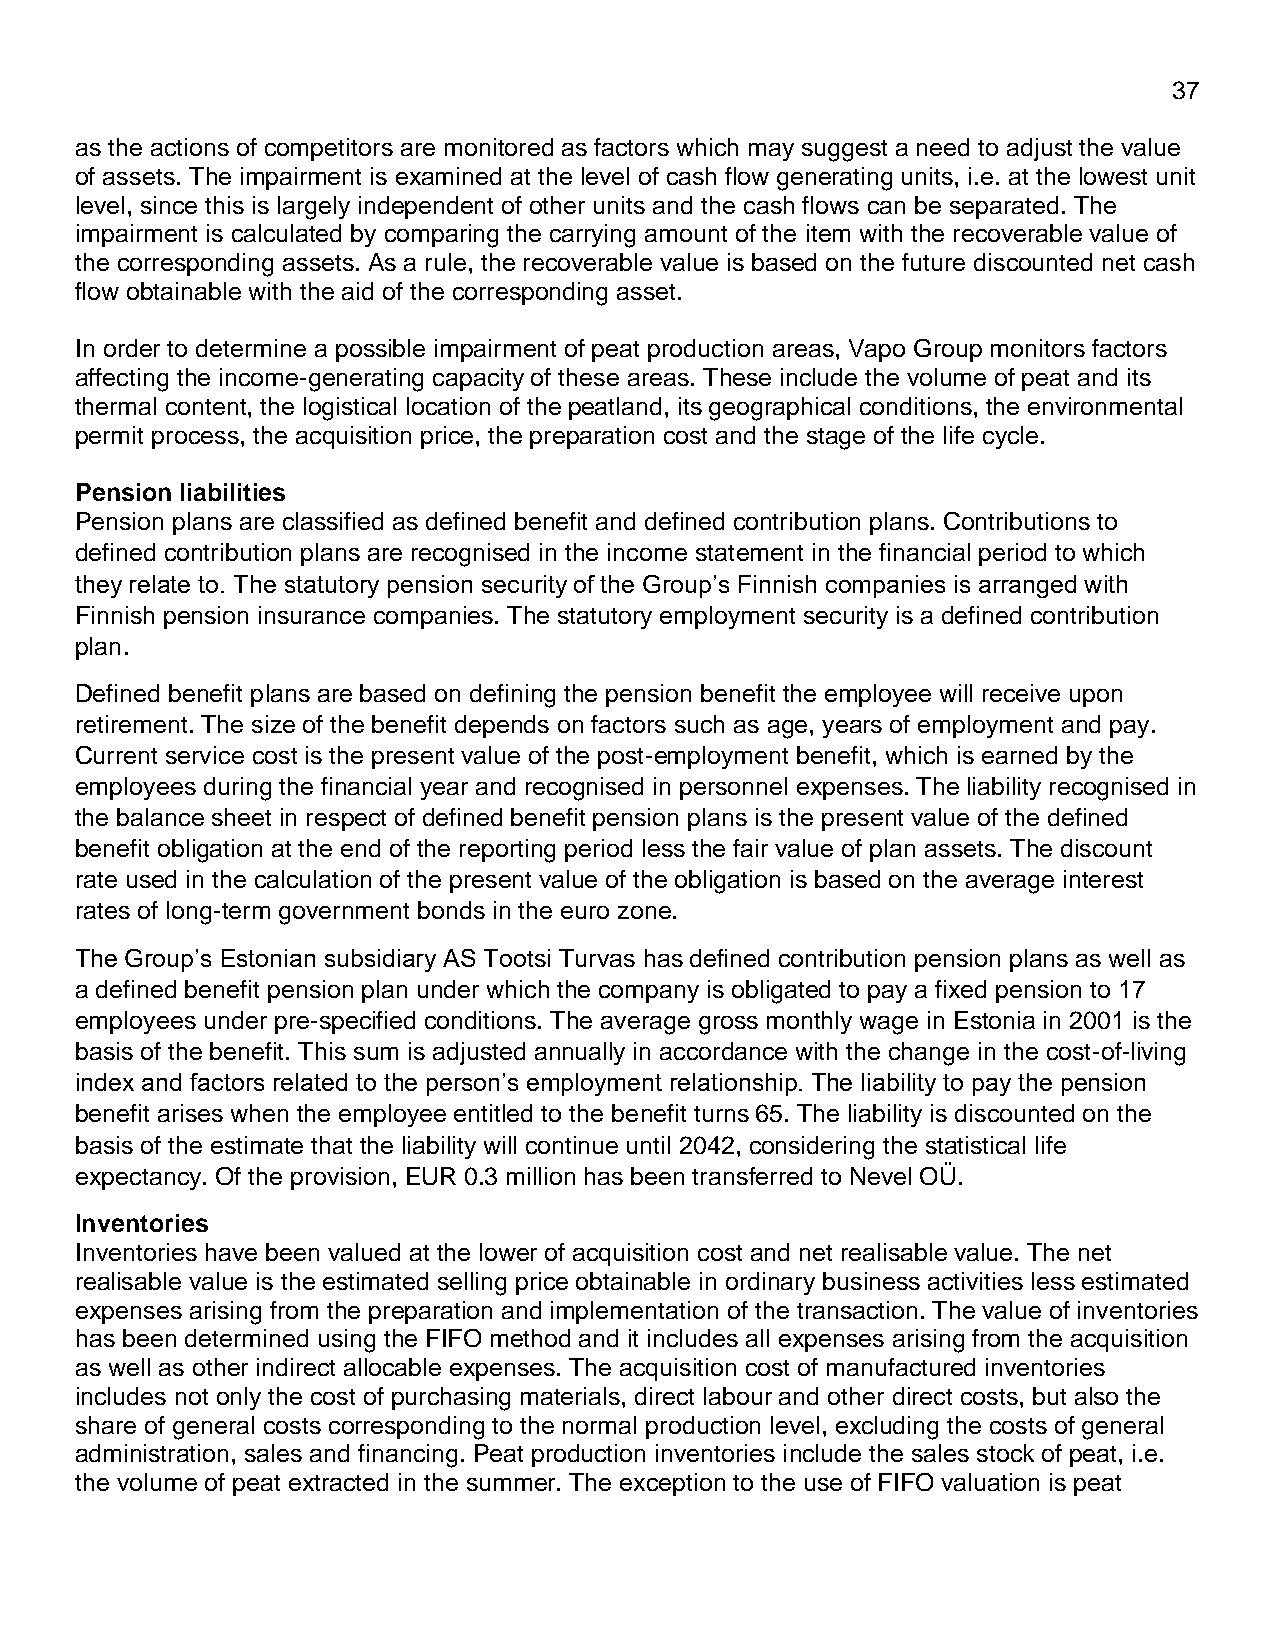
37
 as the actions of competitors are monitored as factors which may suggest a need to adjust the value
 of assets. The impairment is examined at the level of cash flow generating units, i.e. at the lowest unit
 level, since this is largely independent of other units and the cash flows can be separated. The
 impairment is calculated by comparing the carrying amount of the item with the recoverable value of
 the corresponding assets. As a rule, the recoverable value is based on the future discounted net cash
 flow obtainable with the aid of the corresponding asset.
 In order to determine a possible impairment of peat production areas, Vapo Group monitors factors
 affecting the income-generating capacity of these areas. These include the volume of peat and its
 thermal content, the logistical location of the peatland, its geographical conditions, the environmental
 permit process, the acquisition price, the preparation cost and the stage of the life cycle.
 Pension liabilities
 Pension plans are classified as defined benefit and defined contribution plans. Contributions to
 defined contribution plans are recognised in the income statement in the financial period to which
 they relate to. The statutory pension security of the Group’s Finnish companies is arranged with
 Finnish pension insurance companies. The statutory employment security is a defined contribution
 plan.
 Defined benefit plans are based on defining the pension benefit the employee will receive upon
 retirement. The size of the benefit depends on factors such as age, years of employment and pay.
 Current service cost is the present value of the post-employment benefit, which is earned by the
 employees during the financial year and recognised in personnel expenses. The liability recognised in
 the balance sheet in respect of defined benefit pension plans is the present value of the defined
 benefit obligation at the end of the reporting period less the fair value of plan assets. The discount
 rate used in the calculation of the present value of the obligation is based on the average interest
 rates of long-term government bonds in the euro zone.
 The Group’s Estonian subsidiary AS Tootsi Turvas has defined contribution pension plans as well as
 a defined benefit pension plan under which the company is obligated to pay a fixed pension to 17
 employees under pre-specified conditions. The average gross monthly wage in Estonia in 2001 is the
 basis of the benefit. This sum is adjusted annually in accordance with the change in the cost-of-living
 index and factors related to the person’s employment relationship. The liability to pay the pension
 benefit arises when the employee entitled to the benefit turns 65. The liability is discounted on the
 basis of the estimate that the liability will continue until 2042, considering the statistical life
 expectancy. Of the provision, EUR 0.3 million has been transferred to Nevel OÜ.
 Inventories
 Inventories have been valued at the lower of acquisition cost and net realisable value. The net
 realisable value is the estimated selling price obtainable in ordinary business activities less estimated
 expenses arising from the preparation and implementation of the transaction. The value of inventories
 has been determined using the FIFO method and it includes all expenses arising from the acquisition
 as well as other indirect allocable expenses. The acquisition cost of manufactured inventories
 includes not only the cost of purchasing materials, direct labour and other direct costs, but also the
 share of general costs corresponding to the normal production level, excluding the costs of general
 administration, sales and financing. Peat production inventories include the sales stock of peat, i.e.
 the volume of peat extracted in the summer. The exception to the use of FIFO valuation is peat